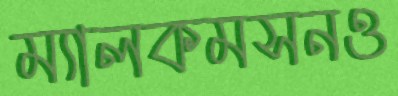
ম্যালকমসনও